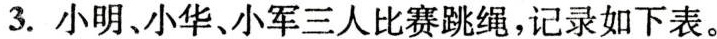
3.小明、小华、小军三人比赛跳绳，记录如下表。